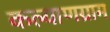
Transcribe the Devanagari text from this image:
कल्याणग्राम